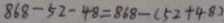
8 6 8 - 5 2 - 4 8 = 8 6 8 - ( 5 2 + 4 8 )